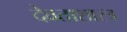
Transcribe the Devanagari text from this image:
देवताशास्त्र